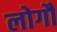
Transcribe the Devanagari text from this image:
लोगौं